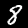
Label: 8